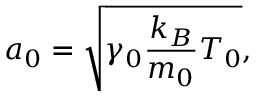
a _ { 0 } = \sqrt { \gamma _ { 0 } \frac { k _ { B } } { m _ { 0 } } T _ { 0 } } ,